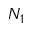
N _ { 1 }